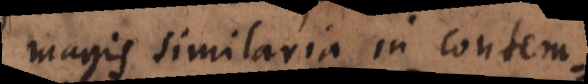
magis similaria in contem